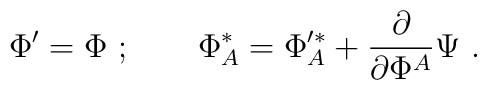
\Phi '=\Phi \ ;\qquad  \Phi^*_A= \Phi '^*_A+\frac{\partial }{\partial \Phi^A}\Psi \ .